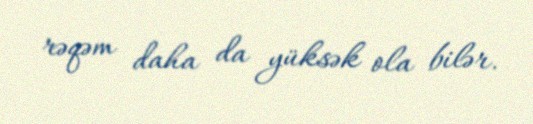
rəqəm daha da yüksək ola bilər.